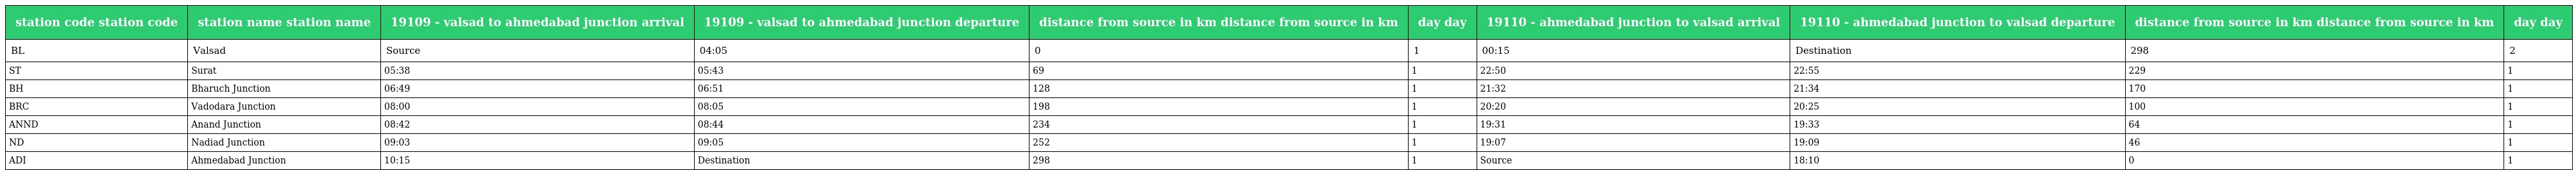
| station code station code | station name station name | 19109 - valsad to ahmedabad junction arrival | 19109 - valsad to ahmedabad junction departure | distance from source in km distance from source in km | day day | 19110 - ahmedabad junction to valsad arrival | 19110 - ahmedabad junction to valsad departure | distance from source in km distance from source in km | day day |
 | --- | --- | --- | --- | --- | --- | --- | --- | --- | --- |
 | BL | Valsad | Source | 04:05 | 0 | 1 | 00:15 | Destination | 298 | 2 |
 | ST | Surat | 05:38 | 05:43 | 69 | 1 | 22:50 | 22:55 | 229 | 1 |
 | BH | Bharuch Junction | 06:49 | 06:51 | 128 | 1 | 21:32 | 21:34 | 170 | 1 |
 | BRC | Vadodara Junction | 08:00 | 08:05 | 198 | 1 | 20:20 | 20:25 | 100 | 1 |
 | ANND | Anand Junction | 08:42 | 08:44 | 234 | 1 | 19:31 | 19:33 | 64 | 1 |
 | ND | Nadiad Junction | 09:03 | 09:05 | 252 | 1 | 19:07 | 19:09 | 46 | 1 |
 | ADI | Ahmedabad Junction | 10:15 | Destination | 298 | 1 | Source | 18:10 | 0 | 1 |